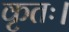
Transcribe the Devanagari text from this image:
कृतः।